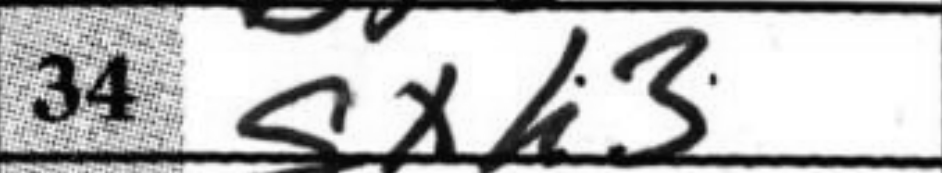
Transcription: gxh3